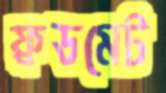
ফ্রডমেট